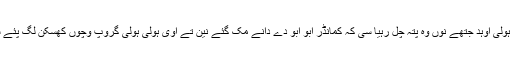
ہولی ہولی اوہد جتھے نوں وہ پتہ چل رہیا سی کہ کمانڈر ابو ابو دے دانے مک گئے نین تے اوی ہولی ہولی گروپ وچوں کھسکن لگ پئے سی ۔